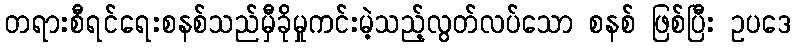
တရားစီရင်ရေးစနစ်သည်မှီခိုမှုကင်းမဲ့သည့်လွတ်လပ်သော စနစ် ဖြစ်ပြီး ဥပဒေ